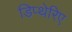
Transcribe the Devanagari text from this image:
डिप्थेरिए